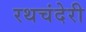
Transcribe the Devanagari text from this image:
रथचंदेरी